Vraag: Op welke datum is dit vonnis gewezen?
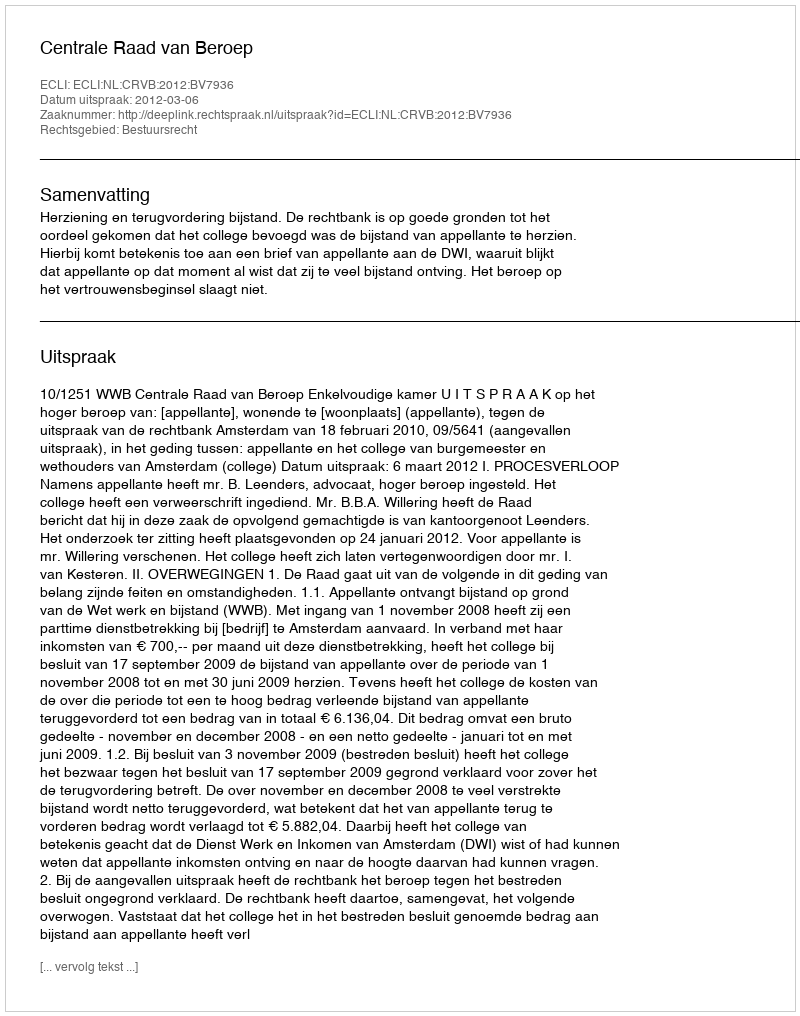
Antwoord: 2012-03-06